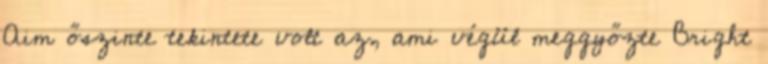
Aim őszinte tekintete volt az, ami végül meggyőzte Bright